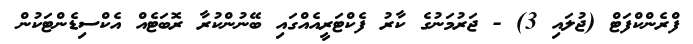
ފްރެންކްފަޓް (ޖުލައި 3) - ޖަރުމަނުގެ ކާރު ފެކްޓަރީއެއްގައި ބޭނުންކުރާ ރޮބަޓެއް އެކްސިޑެންޓަކުން